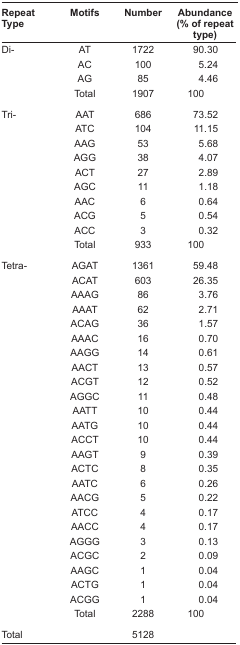
<table><thead><tr><td><b>Repeat Type</b></td><td><b>Motifs</b></td><td><b>Number</b></td><td><b>Abundance (% of repeat type)</b></td></tr></thead><tbody><tr><td>Di-</td><td>AT</td><td>1722</td><td>90.30</td></tr><tr><td></td><td>AC</td><td>100</td><td>5.24</td></tr><tr><td></td><td>AG</td><td>85</td><td>4.46</td></tr><tr><td></td><td>Total</td><td>1907</td><td>100</td></tr><tr><td>Tri-</td><td>AAT</td><td>686</td><td>73.52</td></tr><tr><td></td><td>ATC</td><td>104</td><td>11.15</td></tr><tr><td></td><td>AAG</td><td>53</td><td>5.68</td></tr><tr><td></td><td>AGG</td><td>38</td><td>4.07</td></tr><tr><td></td><td>ACT</td><td>27</td><td>2.89</td></tr><tr><td></td><td>AGC</td><td>11</td><td>1.18</td></tr><tr><td></td><td>AAC</td><td>6</td><td>0.64</td></tr><tr><td></td><td>ACG</td><td>5</td><td>0.54</td></tr><tr><td></td><td>ACC</td><td>3</td><td>0.32</td></tr><tr><td></td><td>Total</td><td>933</td><td>100</td></tr><tr><td>Tetra-</td><td>AGAT</td><td>1361</td><td>59.48</td></tr><tr><td></td><td>ACAT</td><td>603</td><td>26.35</td></tr><tr><td></td><td>AAAG</td><td>86</td><td>3.76</td></tr><tr><td></td><td>AAAT</td><td>62</td><td>2.71</td></tr><tr><td></td><td>ACAG</td><td>36</td><td>1.57</td></tr><tr><td></td><td>AAAC</td><td>16</td><td>0.70</td></tr><tr><td></td><td>AAGG</td><td>14</td><td>0.61</td></tr><tr><td></td><td>AACT</td><td>13</td><td>0.57</td></tr><tr><td></td><td>ACGT</td><td>12</td><td>0.52</td></tr><tr><td></td><td>AGGC</td><td>11</td><td>0.48</td></tr><tr><td></td><td>AATT</td><td>10</td><td>0.44</td></tr><tr><td></td><td>AATG</td><td>10</td><td>0.44</td></tr><tr><td></td><td>ACCT</td><td>10</td><td>0.44</td></tr><tr><td></td><td>AAGT</td><td>9</td><td>0.39</td></tr><tr><td></td><td>ACTC</td><td>8</td><td>0.35</td></tr><tr><td></td><td>AATC</td><td>6</td><td>0.26</td></tr><tr><td></td><td>AACG</td><td>5</td><td>0.22</td></tr><tr><td></td><td>ATCC</td><td>4</td><td>0.17</td></tr><tr><td></td><td>AACC</td><td>4</td><td>0.17</td></tr><tr><td></td><td>AGGG</td><td>3</td><td>0.13</td></tr><tr><td></td><td>ACGC</td><td>2</td><td>0.09</td></tr><tr><td></td><td>AAGC</td><td>1</td><td>0.04</td></tr><tr><td></td><td>ACTG</td><td>1</td><td>0.04</td></tr><tr><td></td><td>ACGG</td><td>1</td><td>0.04</td></tr><tr><td></td><td>Total</td><td>2288</td><td>100</td></tr><tr><td>Total</td><td></td><td>5128</td><td></td></tr></tbody></table>